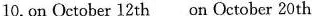
10.on October 12 th on October 20th